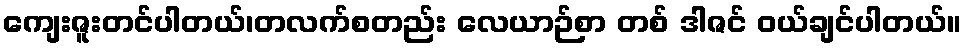
ကျေးဇူးတင်ပါတယ်၊တလက်စတည်း လေယာဉ်စာ တစ် ဒါဇင် ဝယ်ချင်ပါတယ်။